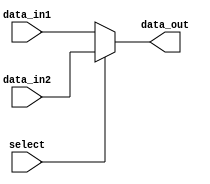
module multiplexer_2to1 (
    input wire data_in1,
    input wire data_in2,
    input wire select,
    output reg data_out
);

always @ (select)
begin
    if (select == 0)
        data_out = data_in1;
    else
        data_out = data_in2;
end

endmodule